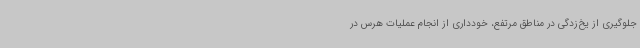
جلوگیری از یخ‌زدگی در مناطق مرتفع، خودداری از انجام عملیات هرس در